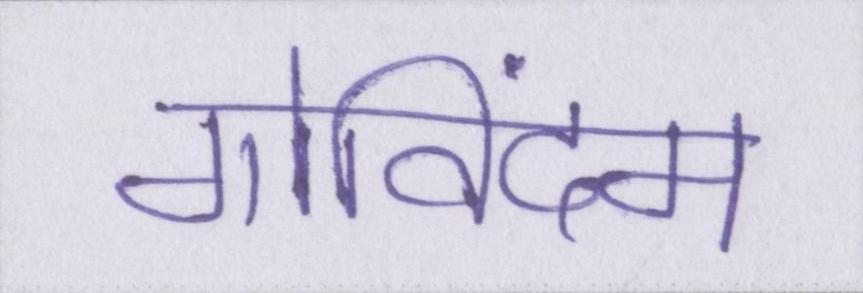
गोविंदम